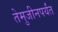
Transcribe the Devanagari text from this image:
तेमुजीनपर्यंत